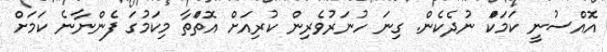
އޮއްސުނީ ކަމަކަް ނުދެކެން. ގިނަ ހުނަރުވެރިން ކުރިއަށް އޮތަްތާ މިކަމުގަ ފެންނާނެ ކަމަށް